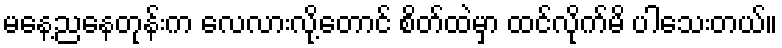
မနေ့ညနေတုန်းက လေလားလို့တောင် စိတ်ထဲမှာ ထင်လိုက်မိ ပါသေးတယ်။